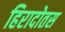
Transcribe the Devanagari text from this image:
हिरादोतस